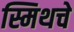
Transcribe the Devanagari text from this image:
स्मिथचे